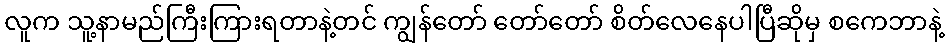
လူက သူ့နာမည်ကြီးကြားရတာနဲ့တင် ကျွန်တော် တော်တော် စိတ်လေနေပါပြီဆိုမှ စကေဘာနဲ့